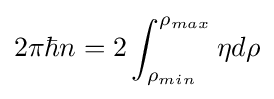
2\pi \hbar n=2\int _{\rho _{min}}^{\rho _{max}}\eta d\rho